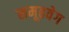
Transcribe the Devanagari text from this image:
समूहवेग